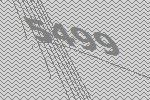
5499